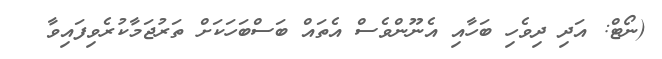
(ނޯޓް: އަދި ދިވެހި ބަހާއި އެނޫންވެސް އެތައް ބަސްބަހަކަށް ތަރުޖަމާކުރެވިފައިވާ